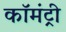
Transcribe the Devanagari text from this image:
कॉमंट्री